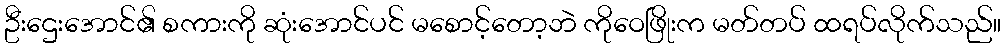
ဦးဌေးအောင်၏ စကားကို ဆုံးအောင်ပင် မစောင့်တော့ဘဲ ကိုဝေဖြိုးက မတ်တပ် ထရပ်လိုက်သည်။